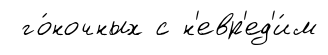
го́ночных с н'евр'ед'и́м